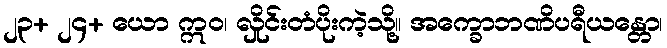
၂၃+ ၂၄+ ယော ဣဝ၊ လှိုင်းတံပိုးကဲ့သို့။ အက္ခောဘဏိပရီယန္တော၊